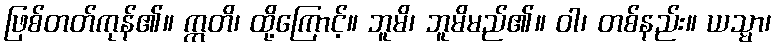
ဖြစ်တတ်ကုန်၏။ ဣတိ၊ ထို့ကြောင့်။ ဘူမိ၊ ဘူမိမည်၏။ ဝါ၊ တစ်နည်း။ ယသ္မာ၊